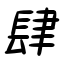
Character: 肆